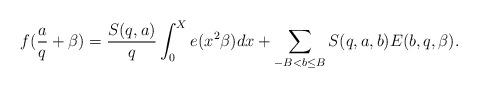
LaTeX: \begin{align*}f(\frac{a}{q}+\beta)=\frac{S(q,a)}{q}\int_0^Xe(x^2\beta)dx+\sum_{-B<b\le B}S(q,a,b)E(b,q,\beta).\end{align*}